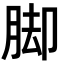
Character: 脚